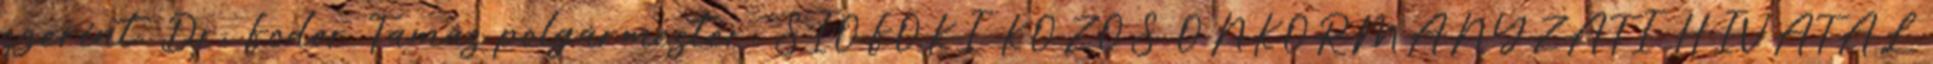
szerint. Dr. Fodor Tamás polgármester: SIÓFOKI KÖZÖS ÖNKORMÁNYZATI HIVATAL